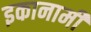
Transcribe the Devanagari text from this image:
इकानामी